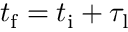
t _ { \mathrm { f } } = t _ { \mathrm { i } } + \tau _ { \mathrm { l } }